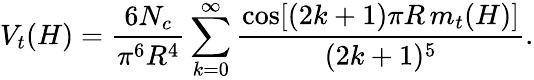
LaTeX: V_{t}(H)={\frac{6N_{c}}{\pi^{6}R^{4}}}\sum_{k=0}^{\infty}{\frac{\cos[(2k+1)\pi R\, m_{t}(H)]}{(2k+1)^{5}}}.